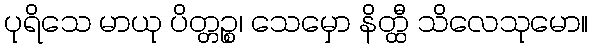
ပုရိသေ မာယု ပိတ္တဉ္စ၊ သေမှော နိတ္ထီ သိလေသုမော။